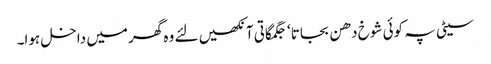
سیٹی پہ کوئی شوخ دھن بجاتا ‘ جگمگاتی آنکھیں لئے وہ گھر میں داخل ہوا۔